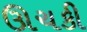
ઊચકી